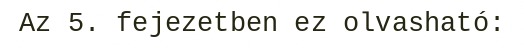
Az 5. fejezetben ez olvasható: